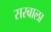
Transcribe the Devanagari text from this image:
सरबाला